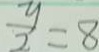
\frac { y } { 2 } = 8